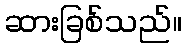
ဆားခြစ်သည်။